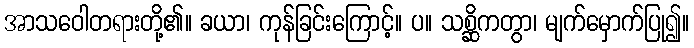
အာသဝေါတရားတို့၏။ ခယာ၊ ကုန်ခြင်းကြောင့်။ ပ။ သစ္ဆိကတွာ၊ မျက်မှောက်ပြု၍။